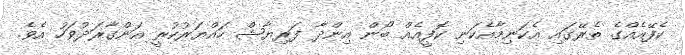
ކެފޭއެއްގެ ތެރޭގައި އެކަނިމާއެކަނި ކޮފީއެއް ބޯން އިންދާ ފަރިޔާޝް ހައްޔަރުކުރީ އަންގާރަދުވަހު އެވެ.